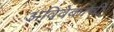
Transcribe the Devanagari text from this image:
अविवेकाची